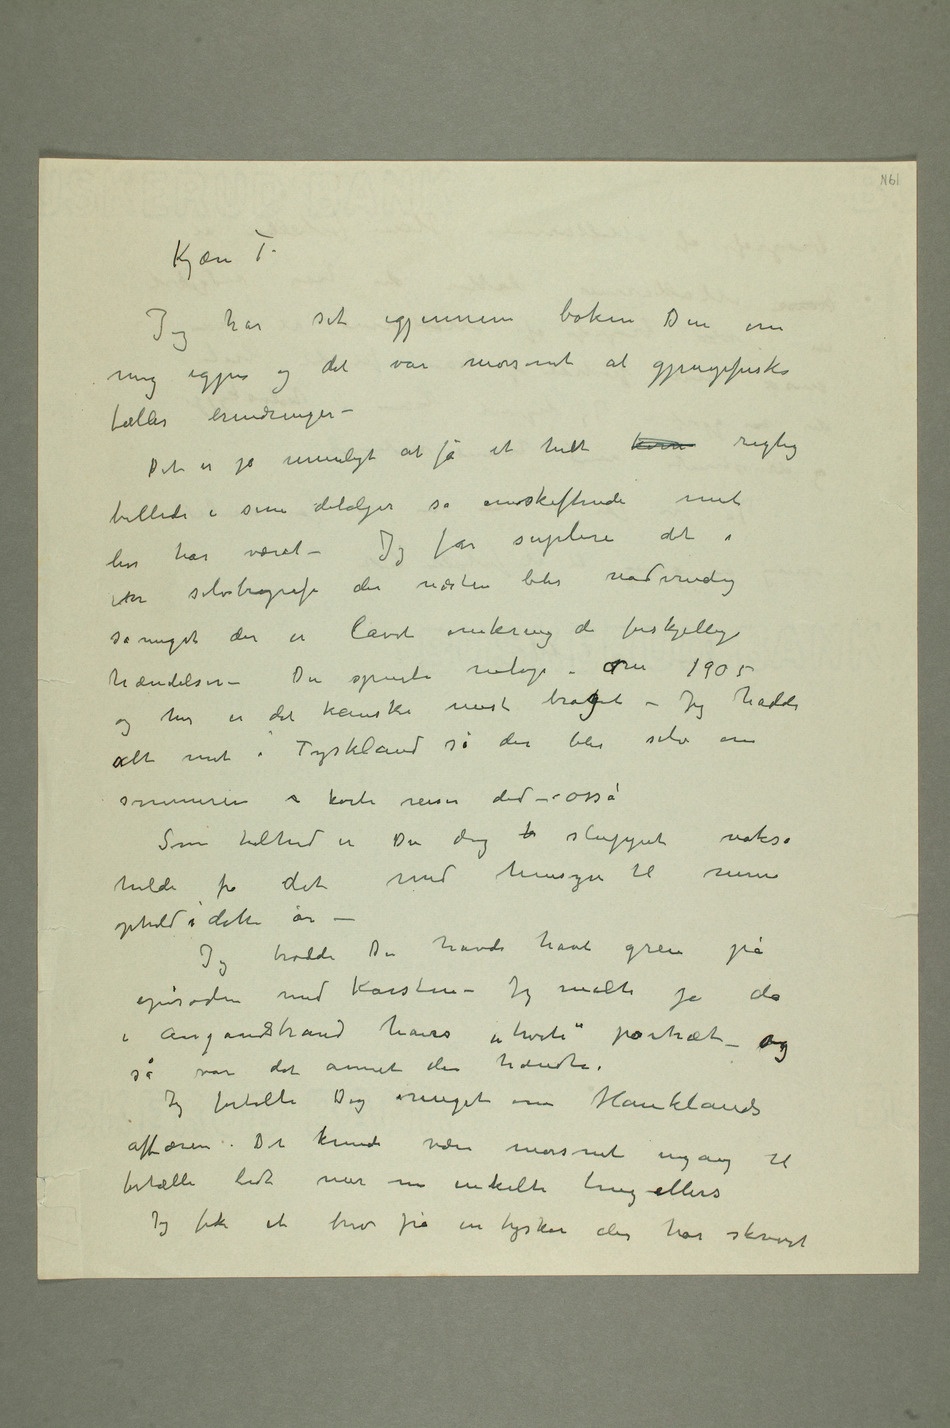
Kjære T.
Jeg har set igjennem boken Din om
mig igjen og det var morsomt at gjenopfriske
fælles erindringer –
Det er jo umuligt at få et helt korr rigtig
billede i sine detaljer så omskiftende mit
liv har været – Jeg får suplere det i
en selvbiografi der næsten blir nødvendig
såmeget der er lavet omkring de forskjellige
hændelser – Du spurte netop – om 1905 og
her er det kanske mest brokget – Jeg hadde
alt vært i Tyskland så der blev selv om
sommeren  korte reiser did – osså
Som helhet er Du dog b sluppet nokså
heldi fra det med hensyn til mine
ophold i dette år –
Jeg trodde Du havde havt greie på
episoden med Karsten – Jeg malte jo da
i Aasgaardstrand hans «hvite» portræt – og
så var det annet der hændte.
Jeg fortalte Dig meget om Hauklands
affæren. Det kunde være morsomt engang til
fortælle lidt mer om enkelte ting –ellers
Jeg fik et brev fra en tysker der har skrevet